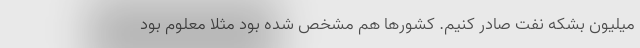
میلیون بشکه نفت صادر کنیم. کشورها هم مشخص شده بود مثلاً معلوم بود